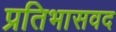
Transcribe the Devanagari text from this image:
प्रतिभासवद